Notes on vaccination in the North-West Frontier Province 1923-1928 - 1923-1928
Year: 1923
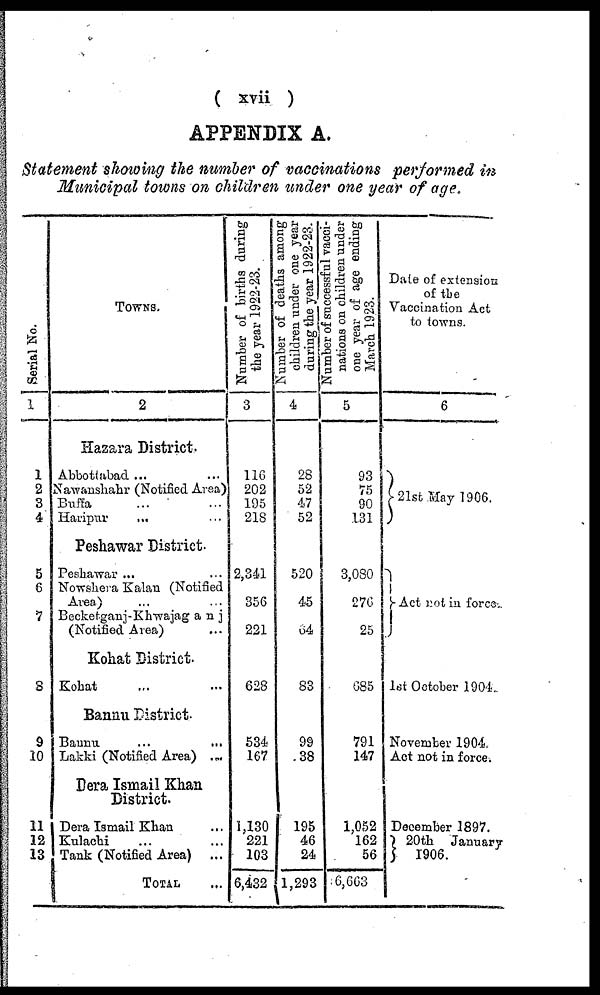
( xvii )
APPENDIX A.
Statement showing the number of vaccinations performed in
Municipal towns on children under one year of age.
Serial No.
1
1
2
3
4
5
6
7
8
9
10
11
12
13
TOWNS.
2
Hazara District.
Abbotabad ... ...
Nawanshahr (Notified Area)
Buffa ... ...
Haripur ... ...
Peshawar District.
Peshawar ... ...
Nowshera Kalan (Notified
Area) ... ...
Becketganj-Khwajaganj
(Notified Area) ...
Kohat District.
Kohat ... ...
Bannu District.
Bannu
...
...
Lakki (Notified Area) ...
Dera Ismail Khan
District.
Dera Ismail Khan ...
Kulachi ... ...
Tank (Notified Area) ...
TOTAL ...
Number of births during
the year 1922-23.
3
116
202
195
218
2,341
356
221
628
534
167
1,130
221
103
6,432
Number of deaths among
children under one year
during the year 1922-23.
4
28
52
47
52
520
45
64
83
99
38
195
46
24
1,293
Number of successful vacci-
nations on children under
one year of age ending
March 1923.
5
93
75
90
131
3,080
276
25
685
791
147
1,052
162
56
6,663
Date of extension
of the
Vaccination Act
to towns.
6
21st May 1906.
Act not in force.
1st October 1904
November 1904.
Act not in force.
December 1897.
20th
January
1906.